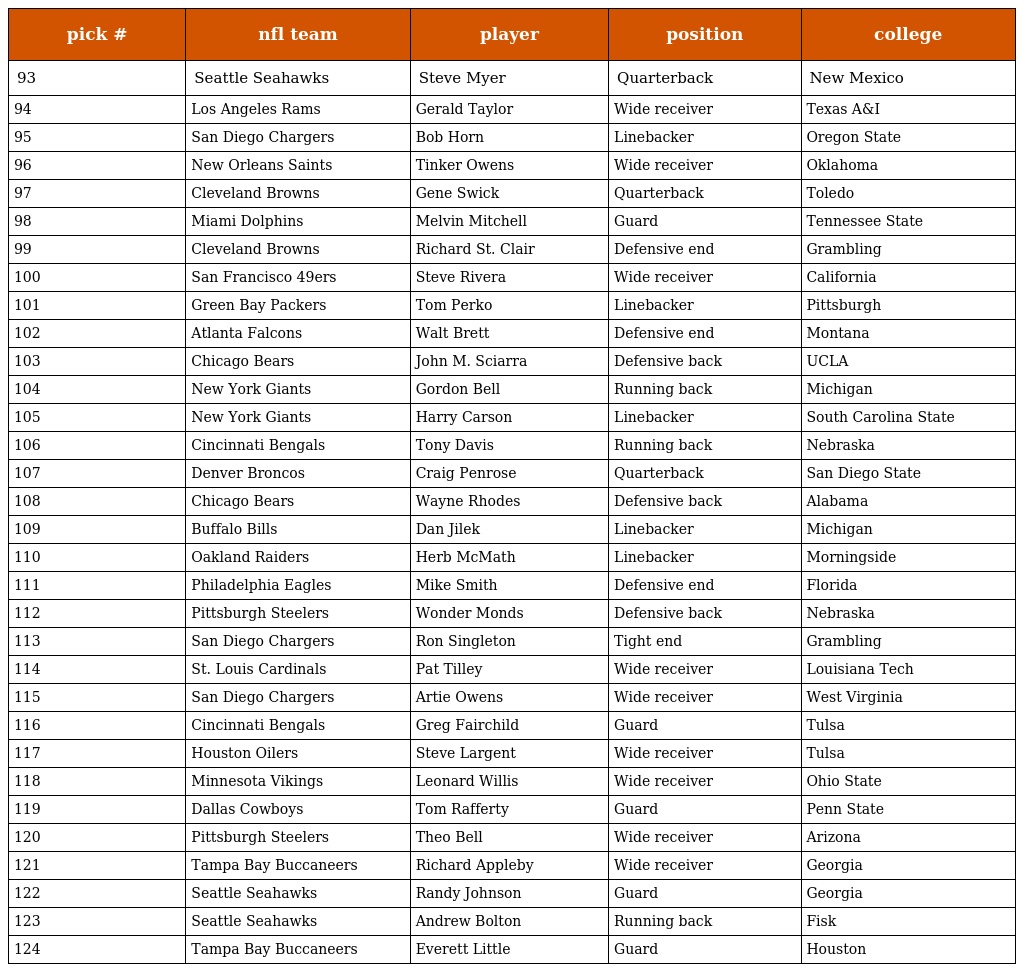
| pick # | nfl team | player | position | college |
 | --- | --- | --- | --- | --- |
 | 93 | Seattle Seahawks | Steve Myer | Quarterback | New Mexico |
 | 94 | Los Angeles Rams | Gerald Taylor | Wide receiver | Texas A&I |
 | 95 | San Diego Chargers | Bob Horn | Linebacker | Oregon State |
 | 96 | New Orleans Saints | Tinker Owens | Wide receiver | Oklahoma |
 | 97 | Cleveland Browns | Gene Swick | Quarterback | Toledo |
 | 98 | Miami Dolphins | Melvin Mitchell | Guard | Tennessee State |
 | 99 | Cleveland Browns | Richard St. Clair | Defensive end | Grambling |
 | 100 | San Francisco 49ers | Steve Rivera | Wide receiver | California |
 | 101 | Green Bay Packers | Tom Perko | Linebacker | Pittsburgh |
 | 102 | Atlanta Falcons | Walt Brett | Defensive end | Montana |
 | 103 | Chicago Bears | John M. Sciarra | Defensive back | UCLA |
 | 104 | New York Giants | Gordon Bell | Running back | Michigan |
 | 105 | New York Giants | Harry Carson | Linebacker | South Carolina State |
 | 106 | Cincinnati Bengals | Tony Davis | Running back | Nebraska |
 | 107 | Denver Broncos | Craig Penrose | Quarterback | San Diego State |
 | 108 | Chicago Bears | Wayne Rhodes | Defensive back | Alabama |
 | 109 | Buffalo Bills | Dan Jilek | Linebacker | Michigan |
 | 110 | Oakland Raiders | Herb McMath | Linebacker | Morningside |
 | 111 | Philadelphia Eagles | Mike Smith | Defensive end | Florida |
 | 112 | Pittsburgh Steelers | Wonder Monds | Defensive back | Nebraska |
 | 113 | San Diego Chargers | Ron Singleton | Tight end | Grambling |
 | 114 | St. Louis Cardinals | Pat Tilley | Wide receiver | Louisiana Tech |
 | 115 | San Diego Chargers | Artie Owens | Wide receiver | West Virginia |
 | 116 | Cincinnati Bengals | Greg Fairchild | Guard | Tulsa |
 | 117 | Houston Oilers | Steve Largent | Wide receiver | Tulsa |
 | 118 | Minnesota Vikings | Leonard Willis | Wide receiver | Ohio State |
 | 119 | Dallas Cowboys | Tom Rafferty | Guard | Penn State |
 | 120 | Pittsburgh Steelers | Theo Bell | Wide receiver | Arizona |
 | 121 | Tampa Bay Buccaneers | Richard Appleby | Wide receiver | Georgia |
 | 122 | Seattle Seahawks | Randy Johnson | Guard | Georgia |
 | 123 | Seattle Seahawks | Andrew Bolton | Running back | Fisk |
 | 124 | Tampa Bay Buccaneers | Everett Little | Guard | Houston |